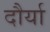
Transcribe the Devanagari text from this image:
दौर्या